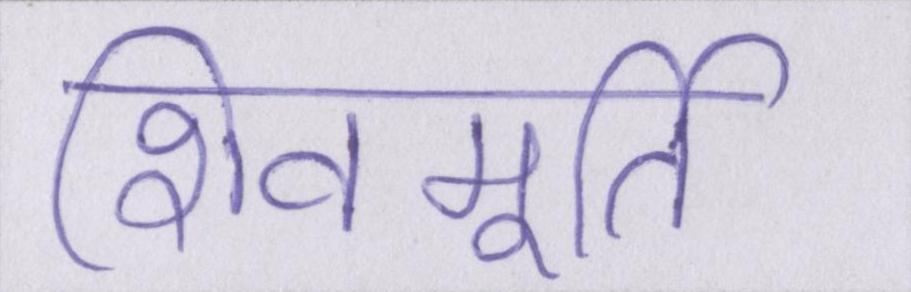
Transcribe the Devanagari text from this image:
शिवमूर्ति